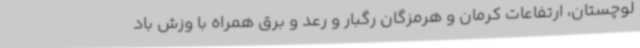
لوچستان، ارتفاعات کرمان و هرمزگان رگبار و رعد و برق همراه با وزش باد